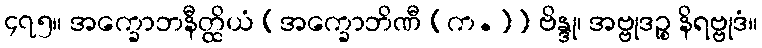
၄၇၅။ အက္ခောဘနီတ္ထိယံ [အက္ခောဘိဏီ (က.)] ဗိန္ဒု၊ အဗ္ဗုဒဉ္စ နိရဗ္ဗုဒံ။